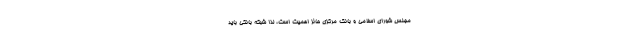
مجلس شورای اسلامی و بانک مرکزی حائز اهمیت است، لذا شبکه بانکی باید